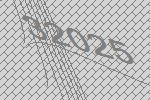
32025